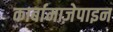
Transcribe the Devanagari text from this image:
कार्बामाज़ेपाइन